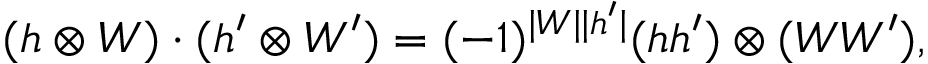
( h \otimes W ) \cdot ( h ^ { \prime } \otimes W ^ { \prime } ) = ( - 1 ) ^ { \vert W \vert \vert h ^ { \prime } \vert } ( h h ^ { \prime } ) \otimes ( W W ^ { \prime } ) ,